Madras plague regulations in force outside the Presidency town - Volume 2
Disease focus: Plague
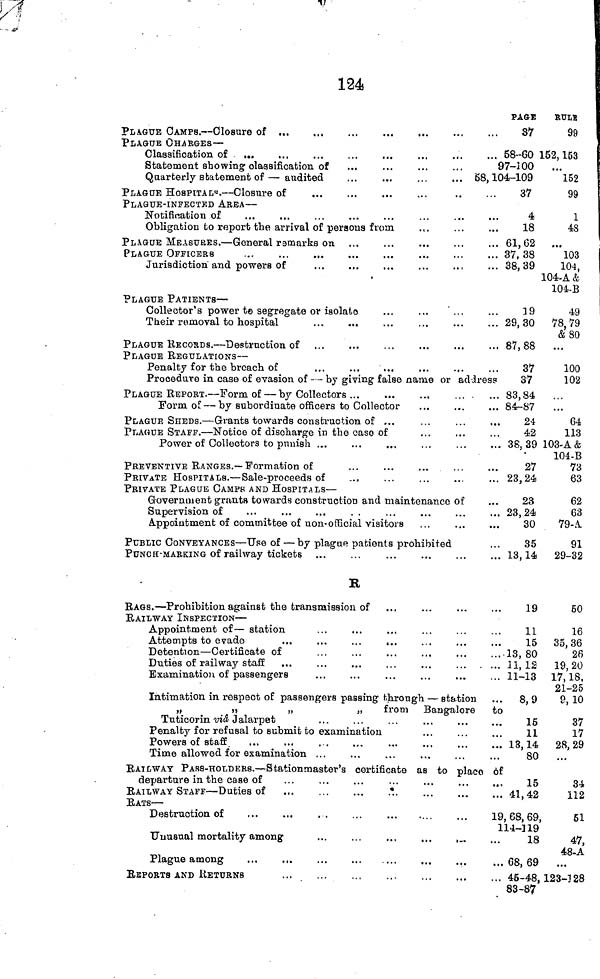
124
PLAGUE CAMPS. — Closure of
PLAGUE CHARGES —
Classification of ...
Statement showing classification of
Quarterly Stabatement of — audited
PLAGUE HOSPITALs. — Closure of
PLAGUE-INFECTED AREA —
Notification of
Obligation to report the arrival of persons from
PLAGUE MEASURES. — General remarks on
PLAGUE OFFICERS
Jurisdiction and powers of
.
PLAGUE PATIENTS —
Collector's power to segregate or isolate
...
...
...
Their removal to hospital
PLAGUE RECORDS. — Destruction of
PLAGUE REGULATIONS —
Penalty for the breach of
Procedure in case of evasion of — by giving false name or ad
PLAGUE REPORT. — Form of — by Collectors ...
Form of — by subordinate officers to Collector
PLAGUE SHEDS. — Grants towards construction of ...
PLAGUE STAFF. — Notice of discharge in the caso of
Power of Collectors to punish ...
PREVENTIVE RANGES.— Formation of
PRIVATE HOSPITALS. — Sale-proceeds of
..-.
PRIVATE PLAGUE CAMPS AND HOSPITALS —
Government grants towards construction and maintenance of
Supervision of
...
...
...
. .
Appointment of committee of non-official visitors
PUBLIC CONVEYANCES — Use of — by plague patients prohibited
PUNCH-MARKING of railway tickets
PAGE
87
58-60 15
97-100
58, 104-109
37
4
18
61,62
37, 38
38,39
19
29,30
, 87,88
37
dress
37
. ,,. 83,84
... 84-87
24
42
... 38,39 1
27
23,24
23
... 23,24
30
35
13,14
RULE
99
62, 153
• ••
152
99
1
48
...
103
104,
34-A&
104-B
49
78,79 &80
100
102
...
64
113
03-A&
104-B
73
63
62
63
79-A.
91
29-32
K
RAGS. — Prohibition against the transmission of
RAILWAY INSPECTION —
Appointment of — station
Attempts to evade
...
...
,..
...
Detention — Certificate of
Duties of railway staff
Examination of passengers
Intimation in respect of passengers passing through — station
»
»
„
„
from Bangalore
Tuticorin vid Jalarpet
Penalty for refusal to submit to examination
Powers of staff
...
...
. .
Time allowed for examination ...
RAILWAY PASS-HOLDERS. — Stationmaster's certificate as to placo
departure in the case of
RAILWAY STAFF — Duties of
...
..
RATS —
Destruction of
.,.
Unusual mortality among
...
...
..,
...
,
Plague among
...
...
REPORTS AND RETURNS
19
11
15
....13, 80
... 11, 12
... 11 13
... 8,9
to
15
11
... 13,14
80
of
15
... 41,42
19, 68, 69,
114-]19
18
... 68, 69
... 45-48,1
83-87
60
16
35,36
26
19,20
17, 18,
21-25
9, 10
37
17
28,29
34
112
51
47,
48-A
.23-128